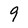
Character: 9